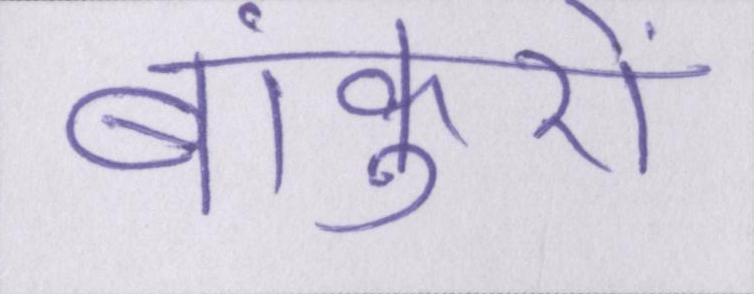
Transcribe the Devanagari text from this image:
बांकुरों